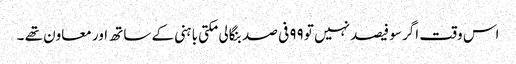
اس وقت اگر سو فیصد نہیں تو ۹۹ فی صد بنگالی مکتی باہنی کے ساتھ اور معاون تھے ۔